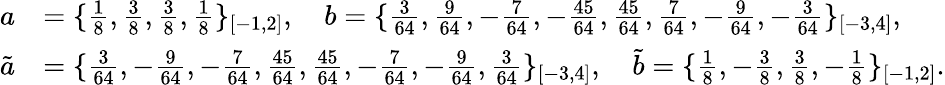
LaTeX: \begin{array}{rl}{a}&{=\{ \frac{1}{8},\frac{3}{8},\frac{3}{8},\frac{1}{8}\} _{[-1,2]},\quad b=\{ \frac{3}{64},\frac{9}{64},-\frac{7}{64},-\frac{45}{64},\frac{45}{64},\frac{7}{64},-\frac{9}{64},-\frac{3}{64}\} _{[-3,4]},}\\ {\tilde{a}}&{=\{ \frac{3}{64},-\frac{9}{64},-\frac{7}{64},\frac{45}{64},\frac{45}{64},-\frac{7}{64},-\frac{9}{64},\frac{3}{64}\} _{[-3,4]},\quad\tilde{b}=\{ \frac{1}{8},-\frac{3}{8},\frac{3}{8},-\frac{1}{8}\} _{[-1,2]}.}\end{array}